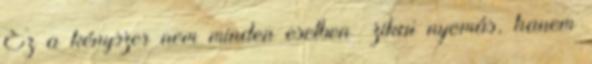
Ez a kényszer nem minden esetben ﬁzikai nyomás, hanem